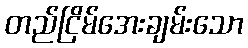
တည်ငြိမ်အေးချမ်းသော